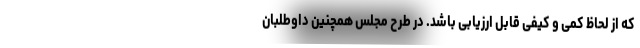
که از لحاظ کمی و کیفی قابل ارزیابی باشد. در طرح مجلس همچنین داوطلبان